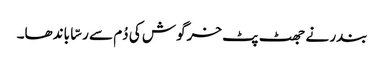
بندر نے جھٹ پٹ خرگوش کی دُم سے رسّا باندھا۔